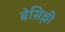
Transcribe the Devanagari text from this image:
बेसिल्ली